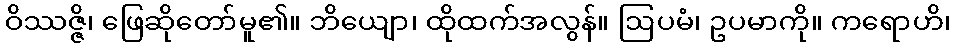
ဝိဿဇ္ဇိ၊ ဖြေဆိုတော်မူ၏။ ဘိယျော၊ ထိုထက်အလွန်။ ဩပမံ၊ ဥပမာကို။ ကရောဟိ၊